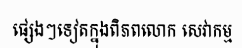
ផ្សេងៗទៀតក្នុងពិភពលោក សេវាកម្ម